Malarial fevers
Disease focus: Malaria
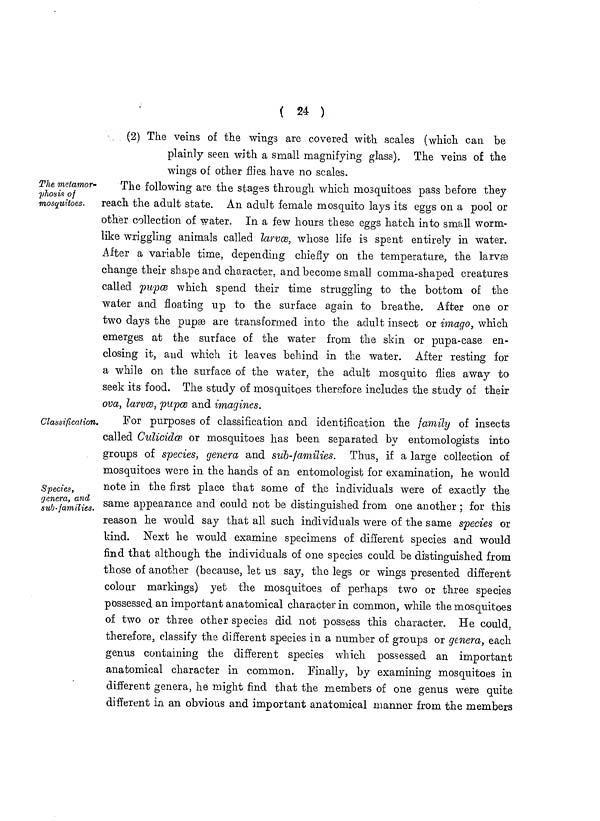
( 24 )
(2) The veins of the wings are covered with scales (which can be
plainly seen with a small magnifying glass). The veins of the
wings of other flies have no scales.
The melamor-
phosis of
mosquitoes.
The following are the stages through which mosquitoes pass before they
reach the adult state. An adult female mosquito lays its eggs on a pool or
other collection of water. In a few hours these eggs hatch into small worm-
like wriggling animals called larvæ, whose life is spent entirely in water.
After a variable time, depending chiefly on the temperature, the larvæ
change their shape and character, and become small comma-shaped creatures
called pupæ which spend their time struggling to the bottom of the
water and floating up to the surface again to breathe. After one or
two days the pupæ are transformed into the adult insect or imago, which
emerges at the surface of the water from the skin or pupa-case en-
closing it, and which it leaves behind in the water. After resting for
a while on the surface of the water, the adult mosquito flies away to
seek its food. The study of mosquitoes therefore includes the study of their
ova, larvæ, pupæ and imagines.
Classification.
Species,
genera, and
sub-families.
For purposes of classification and identification the family of insects
called Culicidæ or mosquitoes has been separated by entomologists into
groups of species, genera and sub-families. Thus, if a large collection of
mosquitoes were in the hands of an entomologist for examination, he would
note in the first place that some of the individuals were of exactly the
same appearance and could not be distinguished from one another ; for this
reason he would say that all such individuals were of the same species or
kind. Next he would examine specimens of different species and would
find that although the individuals of one species could be distinguished from
those of another (because, let us say, the legs or wings presented different
colour markings) yet the mosquitoes of perhaps two or three species
possessed an important anatomical character in common, while the mosquitoes
of two or three other species did not possess this character. He could,
therefore, classify the different species in a number of groups or genera, each
genus containing the different species which possessed an important
anatomical character in common. Finally, by examining mosquitoes in
different genera, he might find that the members of one genus were quite
different in an obvious and important anatomical manner from the members